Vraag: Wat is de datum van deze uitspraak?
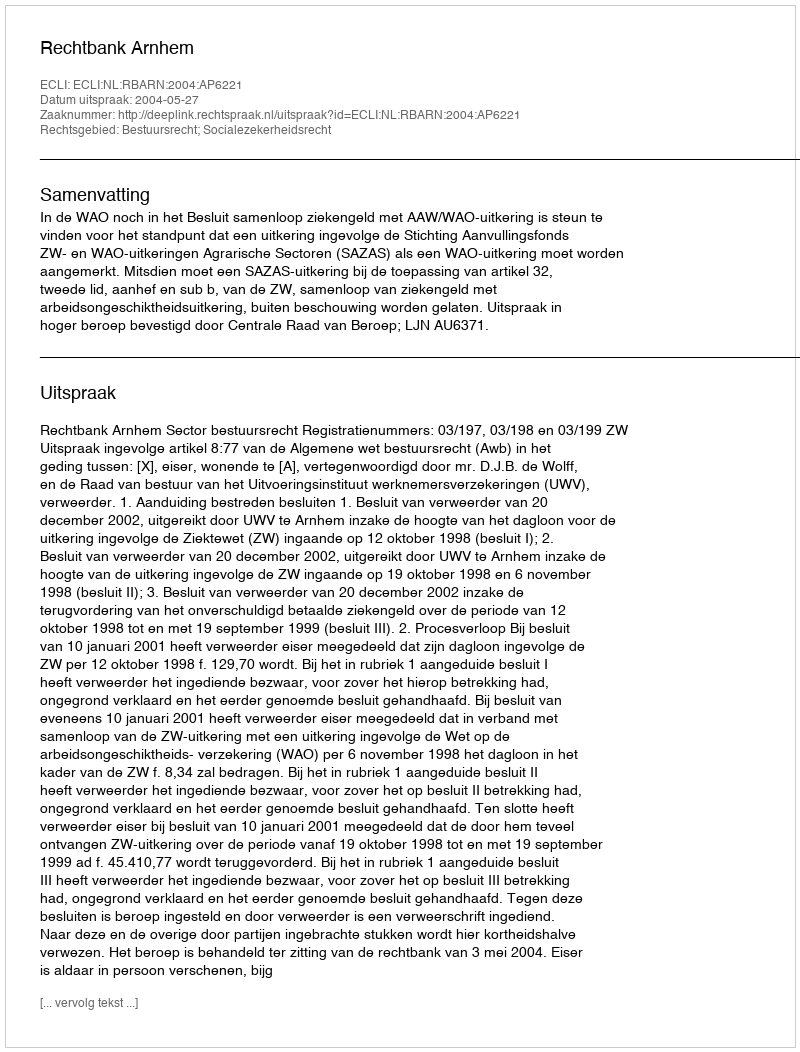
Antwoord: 2004-05-27